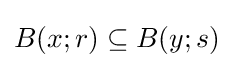
B(x;r)\subseteq B(y;s)